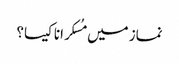
نماز میں مُسکرانا کیسا؟